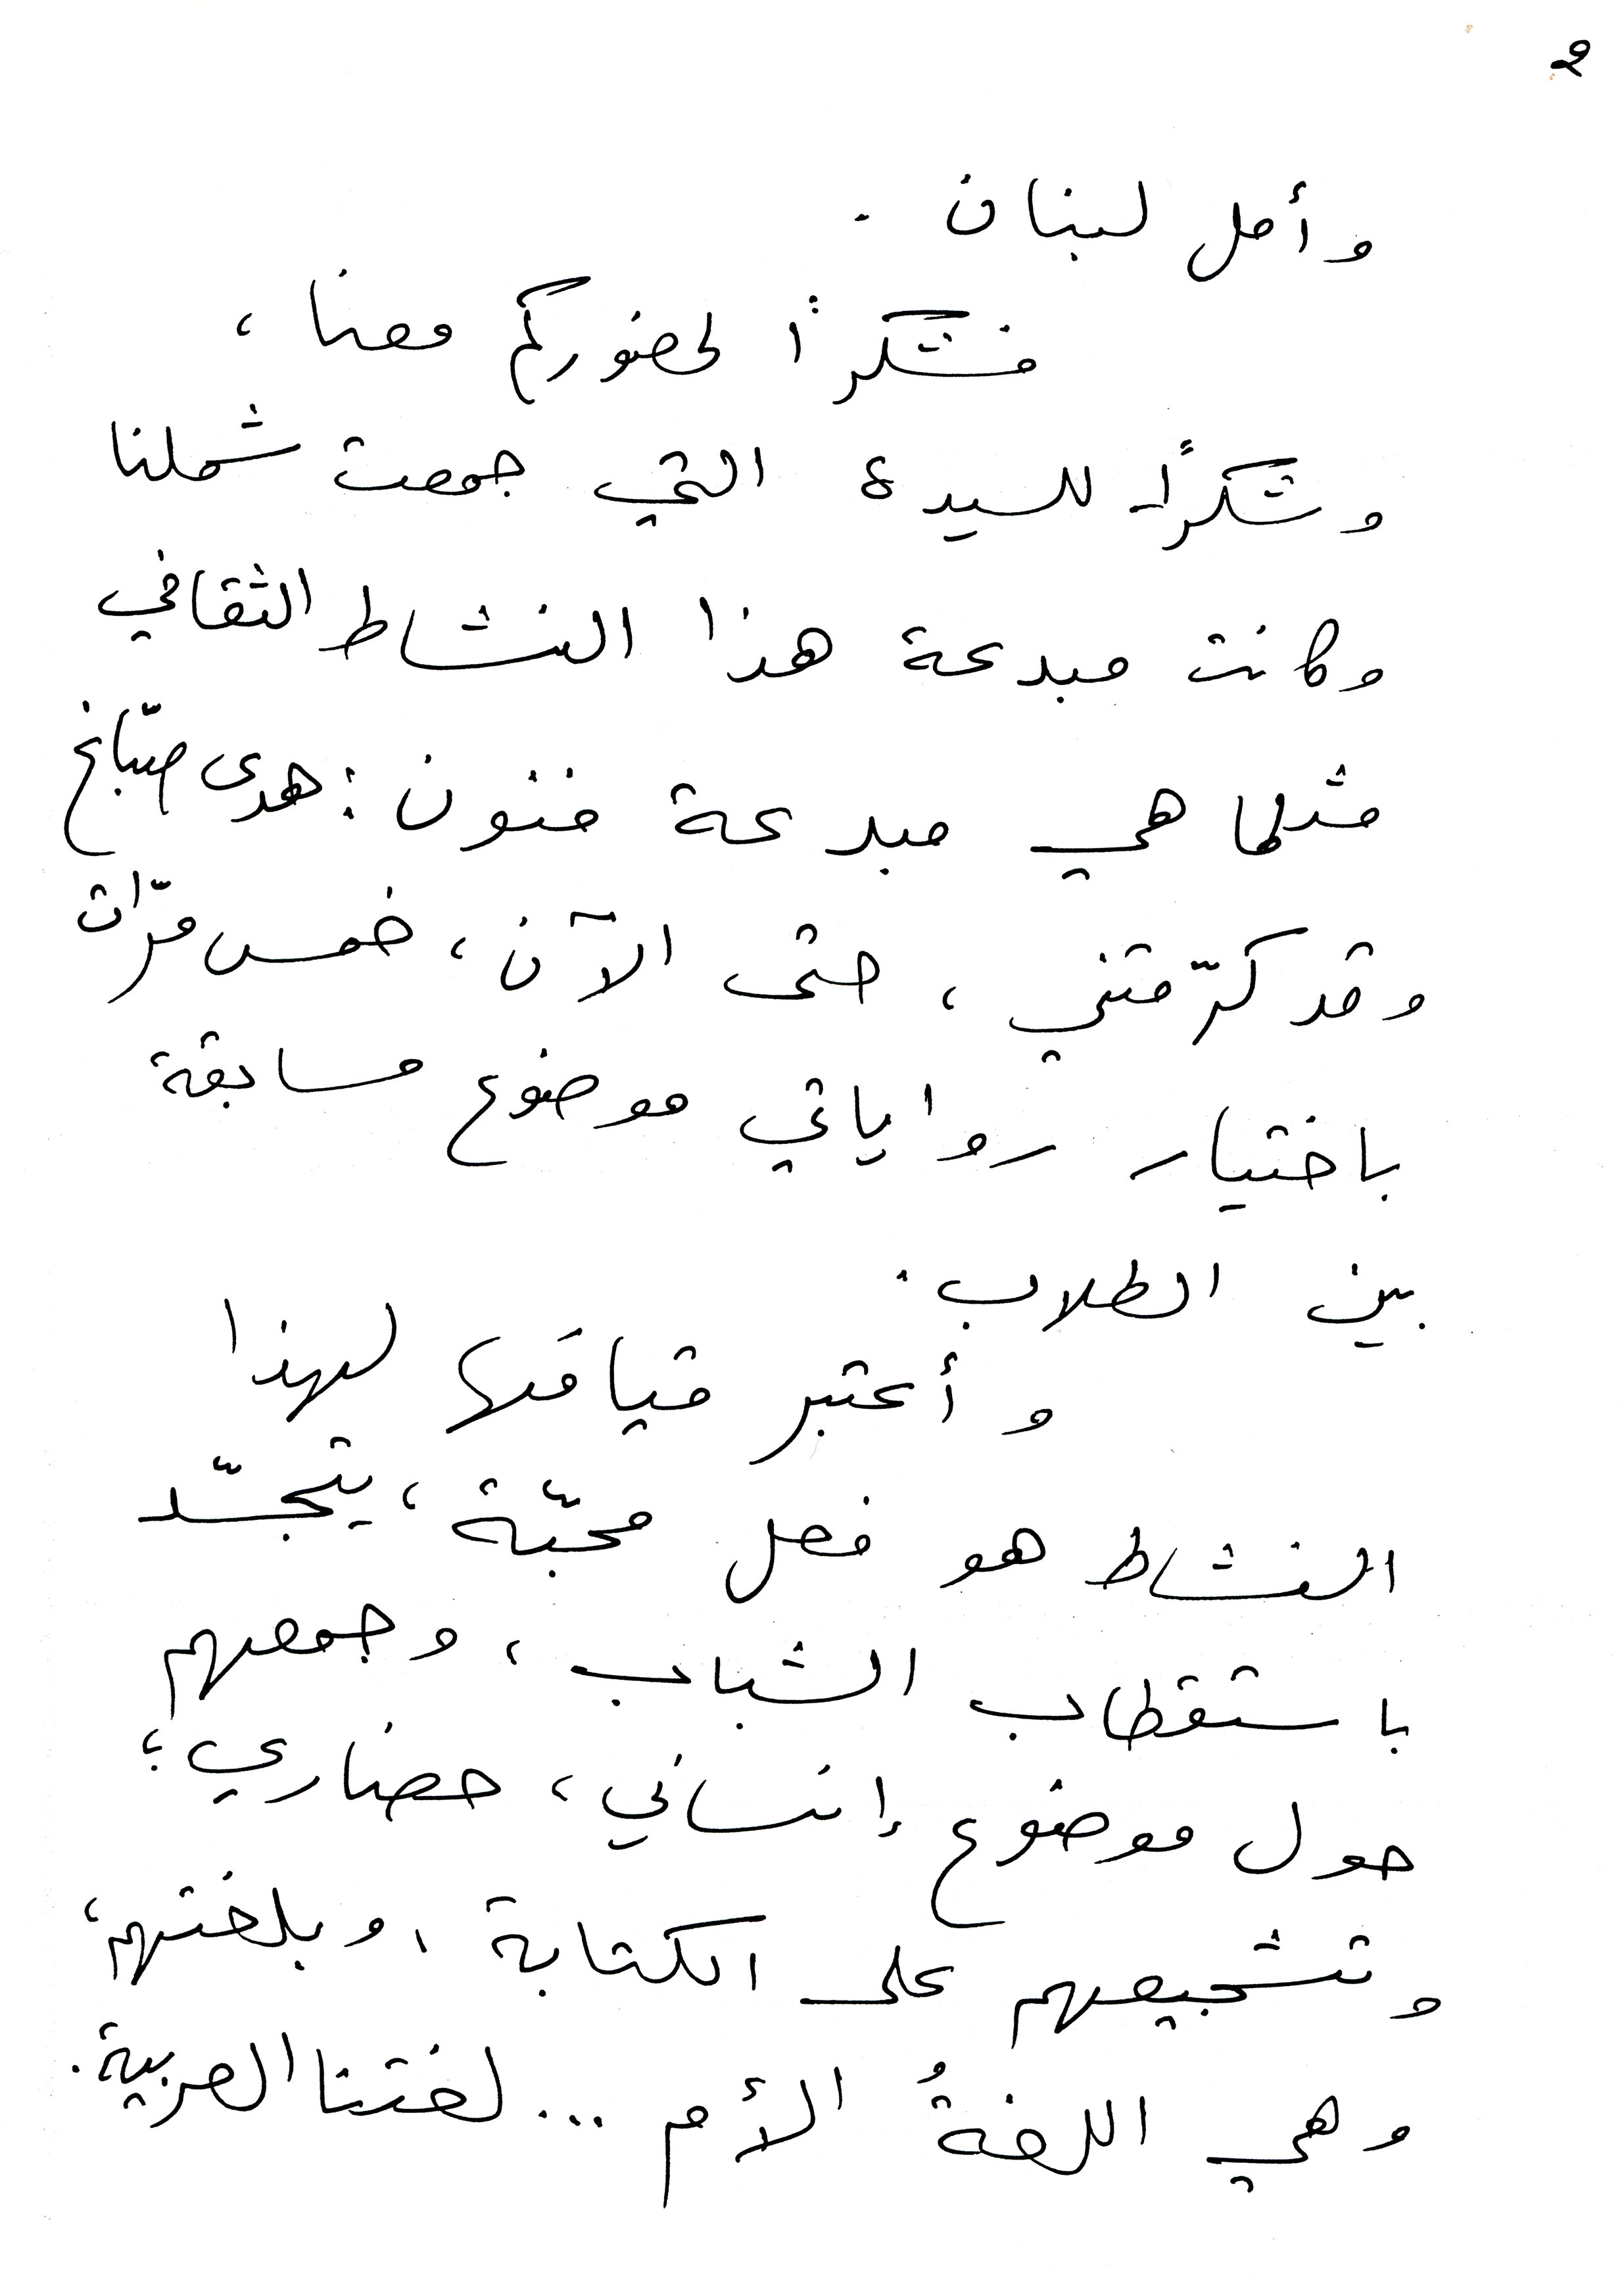
وأمل لبنان .
فشكراً لحضوركم معنا ،
وشكراً للسيدة التي جمعت شملنا
وكانت مبدعة هذا النشاط الثقافي
مثلما هي مبدعة فنون : هدى صبّاغ
وقد كرّمتني ، حتى الآن ، خمس مرّات
باختيار رواياتي موضوع مسابقة
بين الطلاب .
وأعتبر قيامَها لهذا
النشاط هو فعل محبّة، يتجسّد
باستقطاب الشباب ، وجمعهم
حول موضوع إنساني ، حضاري؛
وتشجيعهم على الكتابة ، وبلغتهم،
وهي اللغةُ الأم ... لغتنا العربية.
2